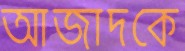
আজাদকে